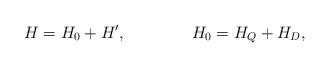
LaTeX: \begin{align*}H = H_{0} + H', \qquad\qquad H_0 = H_{Q} + H_{D},\end{align*}